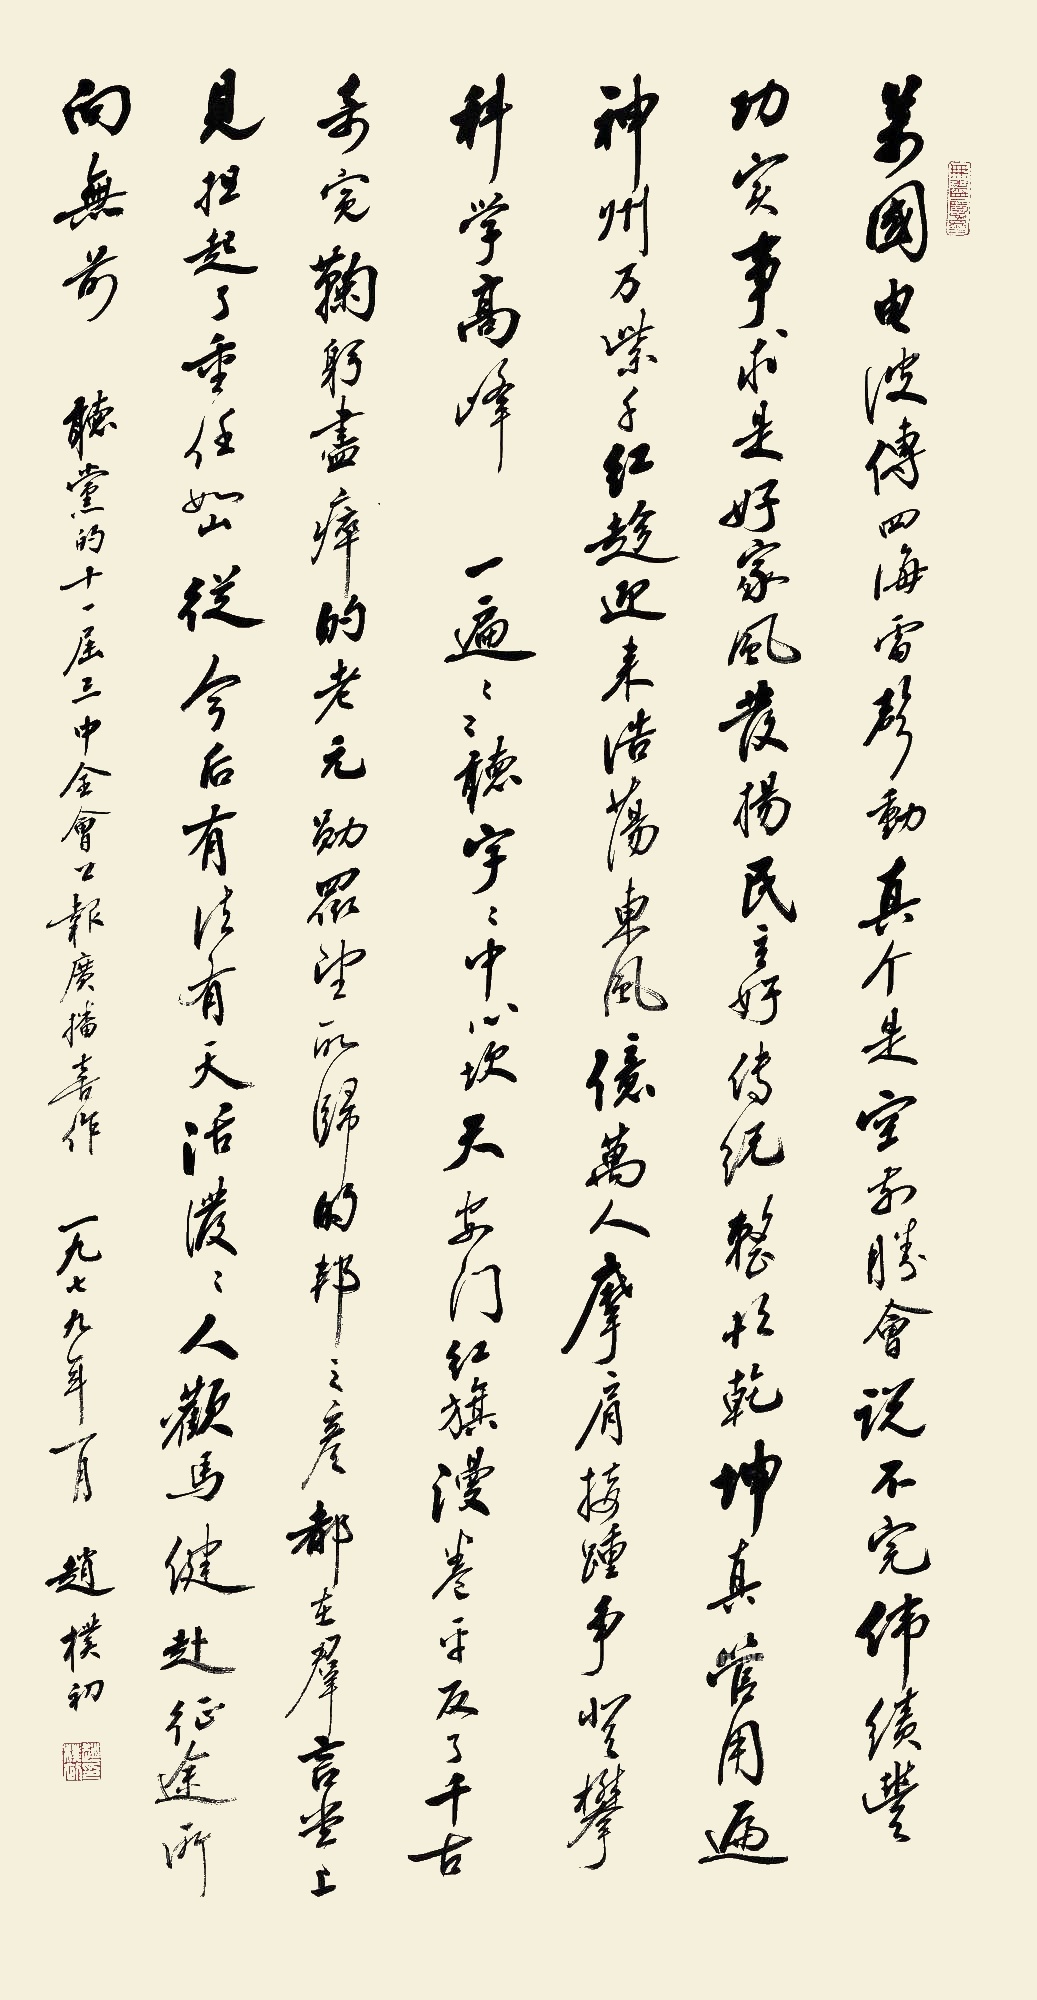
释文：万国电波传，四海雷声动。真个是空前盛会，说不完伟绩丰功。实事求是好家风，发扬民主好传统，整顿乾坤真管用，遍神州万紫干红。趁迎来浩荡东风，亿万人摩肩接踵。争登攀科学高峰。一遍一遍听，字字中心饮。天安门红旗漫卷，平反了千古奇冤。鞠躬尽瘁的老元勋，众望所归的邦之彦，都立群言堂上见。担起了重任如山，从今后有法有天。活泼泼人欢马健赴征途，所向无前。听党的十一届三中全会公报广播喜作，一九七九年一月。赵朴初。